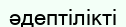
әдептілікті